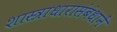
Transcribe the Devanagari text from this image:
शास्त्राधारासंबंधानें